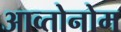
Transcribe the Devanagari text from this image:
आव्तोनोम